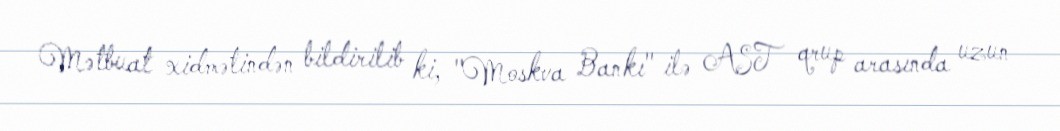
Mətbuat xidmətindən bildirilib ki, "Moskva Bankı" ilə AST qrup arasında uzun